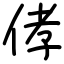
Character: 侾